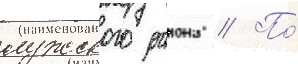
лужского раиона // По́